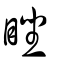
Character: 睉